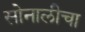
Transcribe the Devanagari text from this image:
सोनालीचा